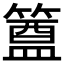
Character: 𮆊